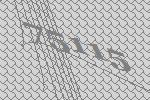
75115